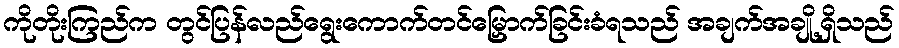
ကိုတိုးကြည်က တွင်ပြန်လည်ရွေးကောက်တင်မြှောက်ခြင်းခံရသည် အချက်အချို့ရှိသည်